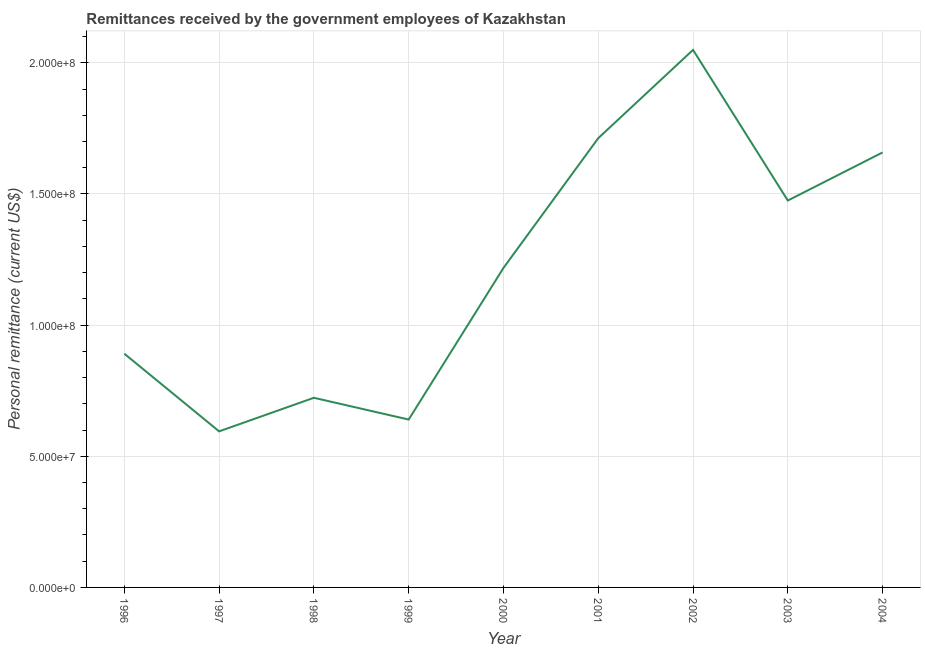
| Year | Personal remittances |
 | --- | --- |
 | 1996 | 8.91e+07 |
 | 1997 | 5.95e+07 |
 | 1998 | 7.23e+07 |
 | 1999 | 6.4e+07 |
 | 2000 | 1.22e+08 |
 | 2001 | 1.71e+08 |
 | 2002 | 2.05e+08 |
 | 2003 | 1.48e+08 |
 | 2004 | 1.66e+08 |